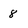
Character: 8